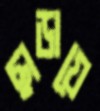
ছাড়ায়ে